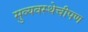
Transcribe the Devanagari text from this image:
सुव्यवस्थेचीपण